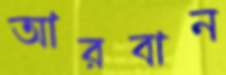
আরবান